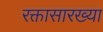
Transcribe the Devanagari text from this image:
रक्तासारख्या